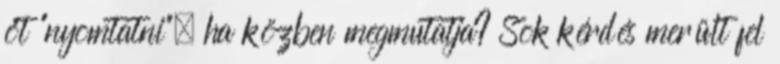
őt “nyomtatni”, ha közben megmutatja? Sok kérdés merült fel